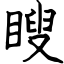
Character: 瞍